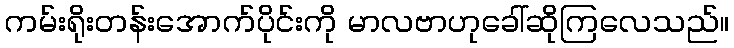
ကမ်းရိုးတန်းအောက်ပိုင်းကို မာလဗာဟုခေါ်ဆိုကြလေသည်။